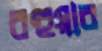
বহুয়ার